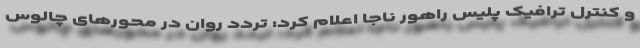
و کنترل ترافیک پلیس راهور ناجا اعلام کرد: تردد روان در محورهای چالوس